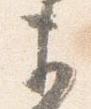
ま